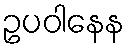
ဥပဝါနေန